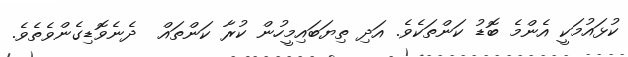
ކުޅައުމަކީ އެންމެ ބޮޑު ކަންތަކެވެ. އަދި ތިޔަބައިމީހުން ކުރާ ކަންތައް  ދެނެވޮޑިގެންވެތެވެ.